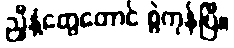
ညှီနံ့တွေတောင် စွဲကုန်ပြီ။